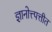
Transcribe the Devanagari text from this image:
ज्ञानोत्त्पत्तीत